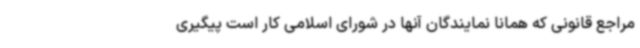
مراجع قانونی که همانا نمایندگان آنها در شورای اسلامی کار است پیگیری